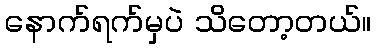
နောက်ရက်မှပဲ သိတော့တယ်။